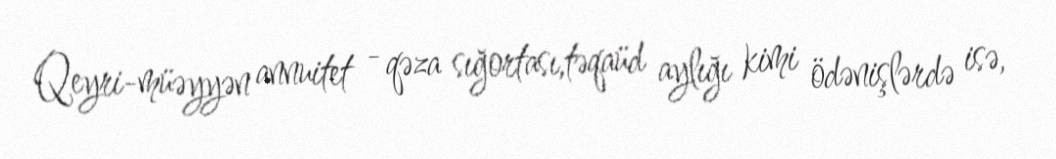
Qeyri-müəyyən annuitet - qəza sığortası,təqaüd aylığı kimi ödənişlərdə isə,